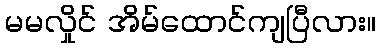
မမလှိုင် အိမ်ထောင်ကျပြီလား။